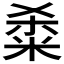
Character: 𫂿